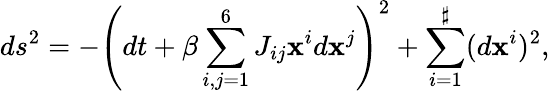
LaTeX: ds^{2}=-\left(dt+\beta\sum_{i,j=1}^{6}J_{ij}\mathbf{x}^{i}d\mathbf{x}^{j}\right)^{2}+\sum_{i=1}^{\sharp}(d\mathbf{x}^{i})^{2},